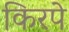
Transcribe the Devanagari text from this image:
किरपे